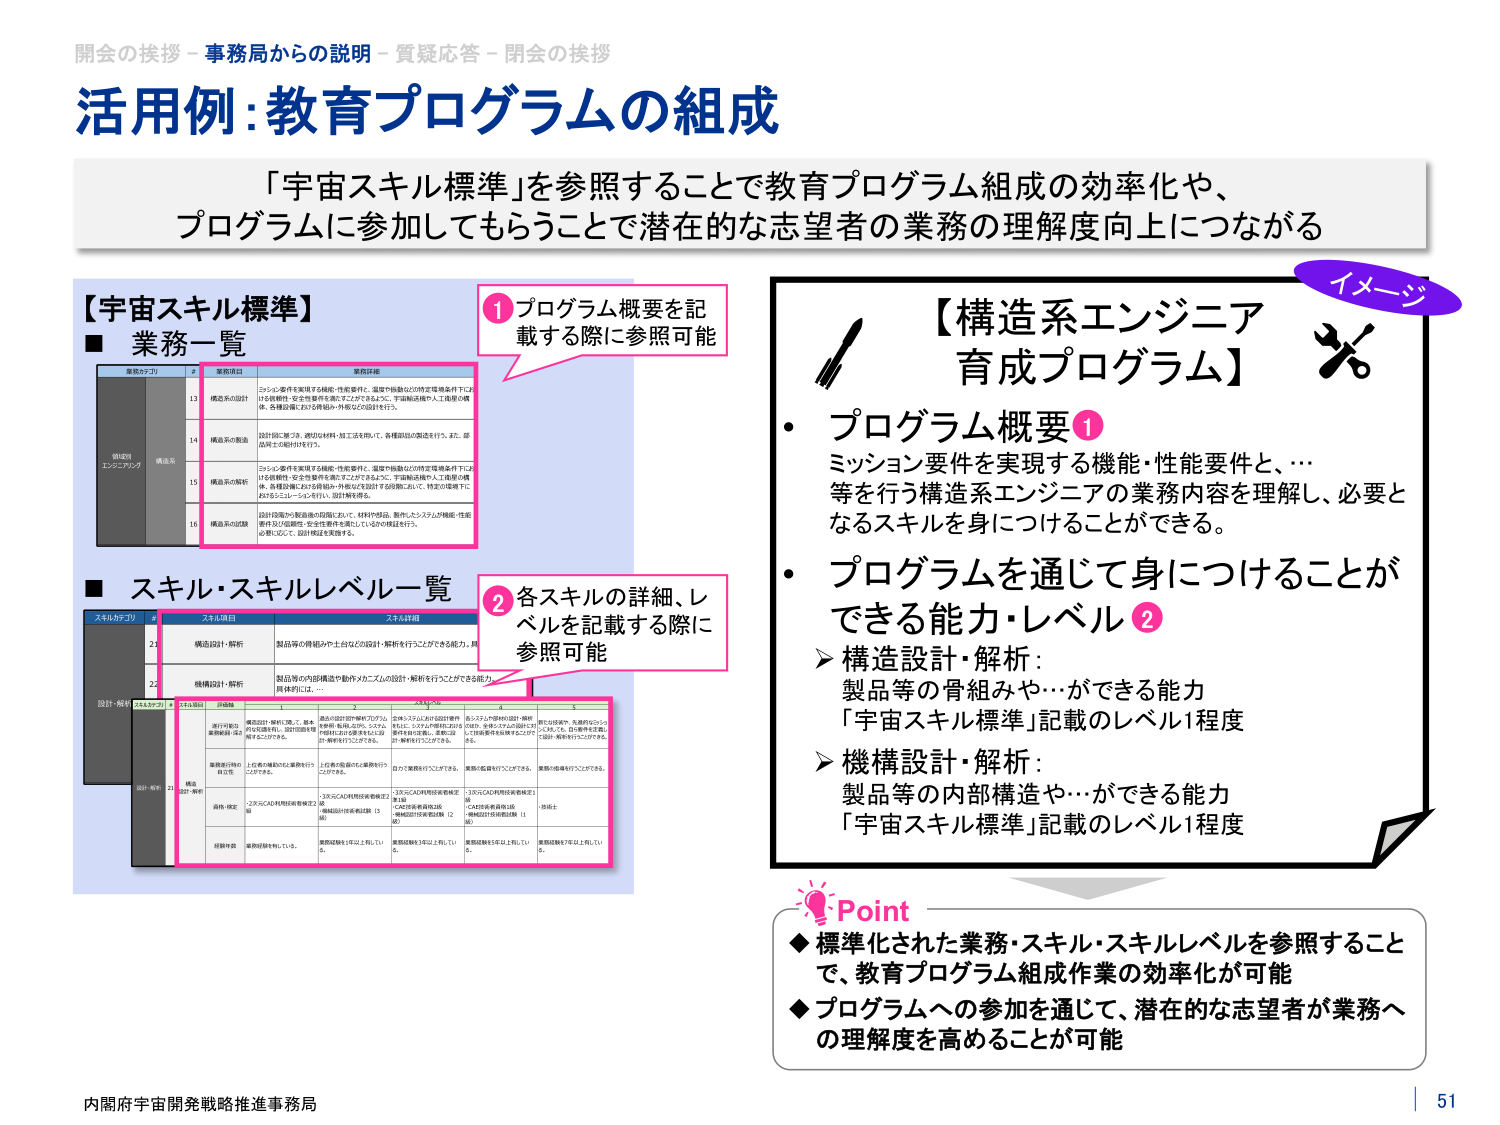
開会の挨拶－事務局からの説明－質疑応答－閉会の挨拶
活用例：教育プログラムの組成
「宇宙スキル標準」を参照することで教育プログラム組成の効率化や、
プログラムに参加してもらうことで潜在的な志望者の業務の理解度向上につながる

【宇宙スキル標準】
■ 業務一覧
業務カテゴリ 業務項目 業務詳細
構造系 13 構造系の設計 ミッション要件を実現する機能・性能要件と、温度や振動などの特定環境条件下における信頼性・安全性要件を満たすことができるよう、宇宙輸送機や人工衛星の機体、各種設備における構造か・外板などの設計を行う。
14 構造系の製造 設計図に基づき、適切な材料・加工法を用いて、各種部品の製造を行う。また、部品同士の組付けを行う。
15 構造系の解析 ミッション要件を実現する機能・性能要件と、温度や振動などの特定環境条件下における信頼性・安全性要件を満たすことができるよう、宇宙輸送機や人工衛星の機体、各種設備における構造か・外板などを設計する段階において、特定の環境下におけるシミュレーションを行い、設計検証を実施する。
16 構造系の試験 設計段階から製造後の段階において、材料や部品、製作したシステムが機能・性能要件及び信頼性・安全性要件を満たしているかの検証を行う。
必要に応じて、設計検証を実施する。

■ スキル・スキルレベル一覧
スキルカテゴリ # スキル項目 スキル詳細
設計・解析 21 構造設計・解析 製品等の骨組みや土台などの設計・解析を行うことができる能力。具体的には、
22 構造設計・解析 製品等の内部構造や動作メカニズムの設計・解析を行うことができる能力。具体的には、
スキルレベル
設計・解析 21 構造設計・解析 2 3 4 5
設計の基本と構造解析手法 1. 構造設計・解析を行う際、基本的な設計原則、設計図面を理解することができる。 2. 基本的な設計計算やプログラムを使用し、構造に応じた、システムや部材の設計を実施できる。 3. 複雑なシステム設計計算や解析に、システムや部材の設計・解析を行うことができる。 4. 複雑な設計や解析に、先進的なシステム設計・解析を行うことができる。 5. 自主的かつ、先進的なシステム設計・解析を行うことができる。
構造設計の基本と構造解析手法 1. 上位者の補助のもと業務を行うことができる。 2. 自力で業務を行うことができる。 3. 業務の監督を行うことができる。 4. 業務の指導を行うことができる。
具体・検証 1. 2次元CAD利用技術者検定2級（機械設計技術者試験 13級） 2. 3次元CAD利用技術者資格検定3級（CAD技術者資格2級・機械設計技術者試験 12級） 3. 3次元CAD利用技術者資格検定1級（CAD技術者資格1級・機械設計技術者試験 11級） 4. - 5. -
経験年数 1. 業務経験が1年以内。 2. 業務経験を1年以上2年以下。 3. 業務経験を3年以上5年以下。 4. 業務経験を5年以上10年以下。 5. 業務経験を7年以上10年以上。

① プログラム概要を記載する際に参照可能
② 各スキルの詳細、レベルを記載する際に参照可能

【構造系エンジニア育成プログラム】
・ プログラム概要①
ミッション要件を実現する機能・性能要件と、…
等を行う構造系エンジニアの業務内容を理解し、必要となるスキルを身につけることができる。
・ プログラムを通じて身につけることができる能力・レベル②
➤ 構造設計・解析：
製品等の骨組みや…ができる能力
「宇宙スキル標準」記載のレベル1程度
➤ 機構設計・解析：
製品等の内部構造や…ができる能力
「宇宙スキル標準」記載のレベル1程度

Point
◆ 標準化された業務・スキル・スキルレベルを参照することで、教育プログラム組成作業の効率化が可能
◆ プログラムへの参加を通じて、潜在的な志望者が業務への理解度を高めることが可能

内閣府宇宙開発戦略推進事務局
51

イメージ